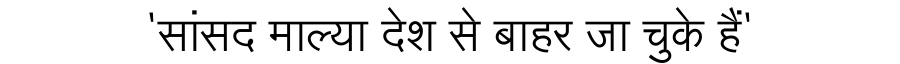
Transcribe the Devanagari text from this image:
'सांसद माल्या देश से बाहर जा चुके हैं'